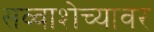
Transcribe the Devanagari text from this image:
सव्वाशेच्यावर